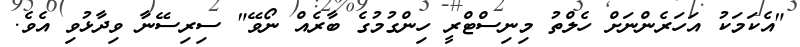
"އެކަމަކު އަހަރެންނަށް ހެލްތު މިނިސްޓްރީ ހިންގުމުގެ ބާރެއް ނޯވޭ" ސިރިސޭނާ ވިދާޅުވި އެވެ.